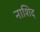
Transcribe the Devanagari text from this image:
नाशिद